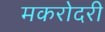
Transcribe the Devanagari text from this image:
मकरोदरी